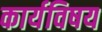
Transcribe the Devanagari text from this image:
कार्यविषय